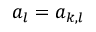
a _ { l } = a _ { k , l }